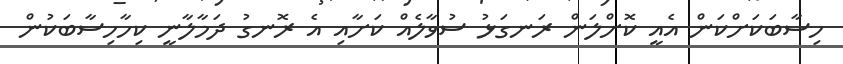
ހިސާބަކަށްކަން އެއީ ކޮށްލަން ރަނގަޅު ސުވާލެއް ކަށާއި އެ ރޮނގު ދަމާލާނީ ކިހާހިސާބަކުން